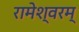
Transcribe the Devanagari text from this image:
रामेश्वरम्‌